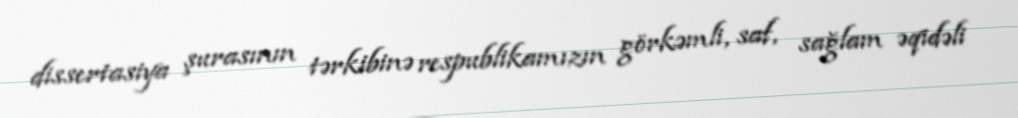
dissertasiya şurasının tərkibinə respublikamızın görkəmli, saf, sağlam əqidəli